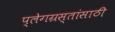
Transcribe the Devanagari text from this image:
प्लेगग्रस्तांसाठी